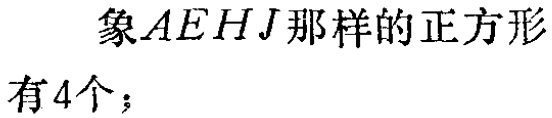
象\(AEHJ\)那样的正方形有\(4\)个；